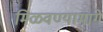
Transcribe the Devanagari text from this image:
मिळवण्यामागे